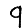
Digit: 9